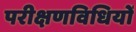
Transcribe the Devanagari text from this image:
परीक्षणविधियों